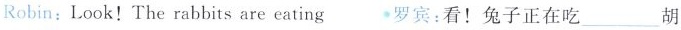
Robin:Look!The rabbits are eating 罗宾:看!兔子正在吃___胡